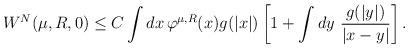
LaTeX: \begin{align*}W^N(\mu, R, 0)\leq C \int d x \,\varphi^{\mu,R}( x)g(|x|)\left[1+\int dy \ \frac{ g( |y|)}{ | x- y|}\right].\end{align*}